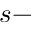
s -